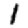
Digit: 1